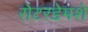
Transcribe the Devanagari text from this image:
रोटरडेमशे